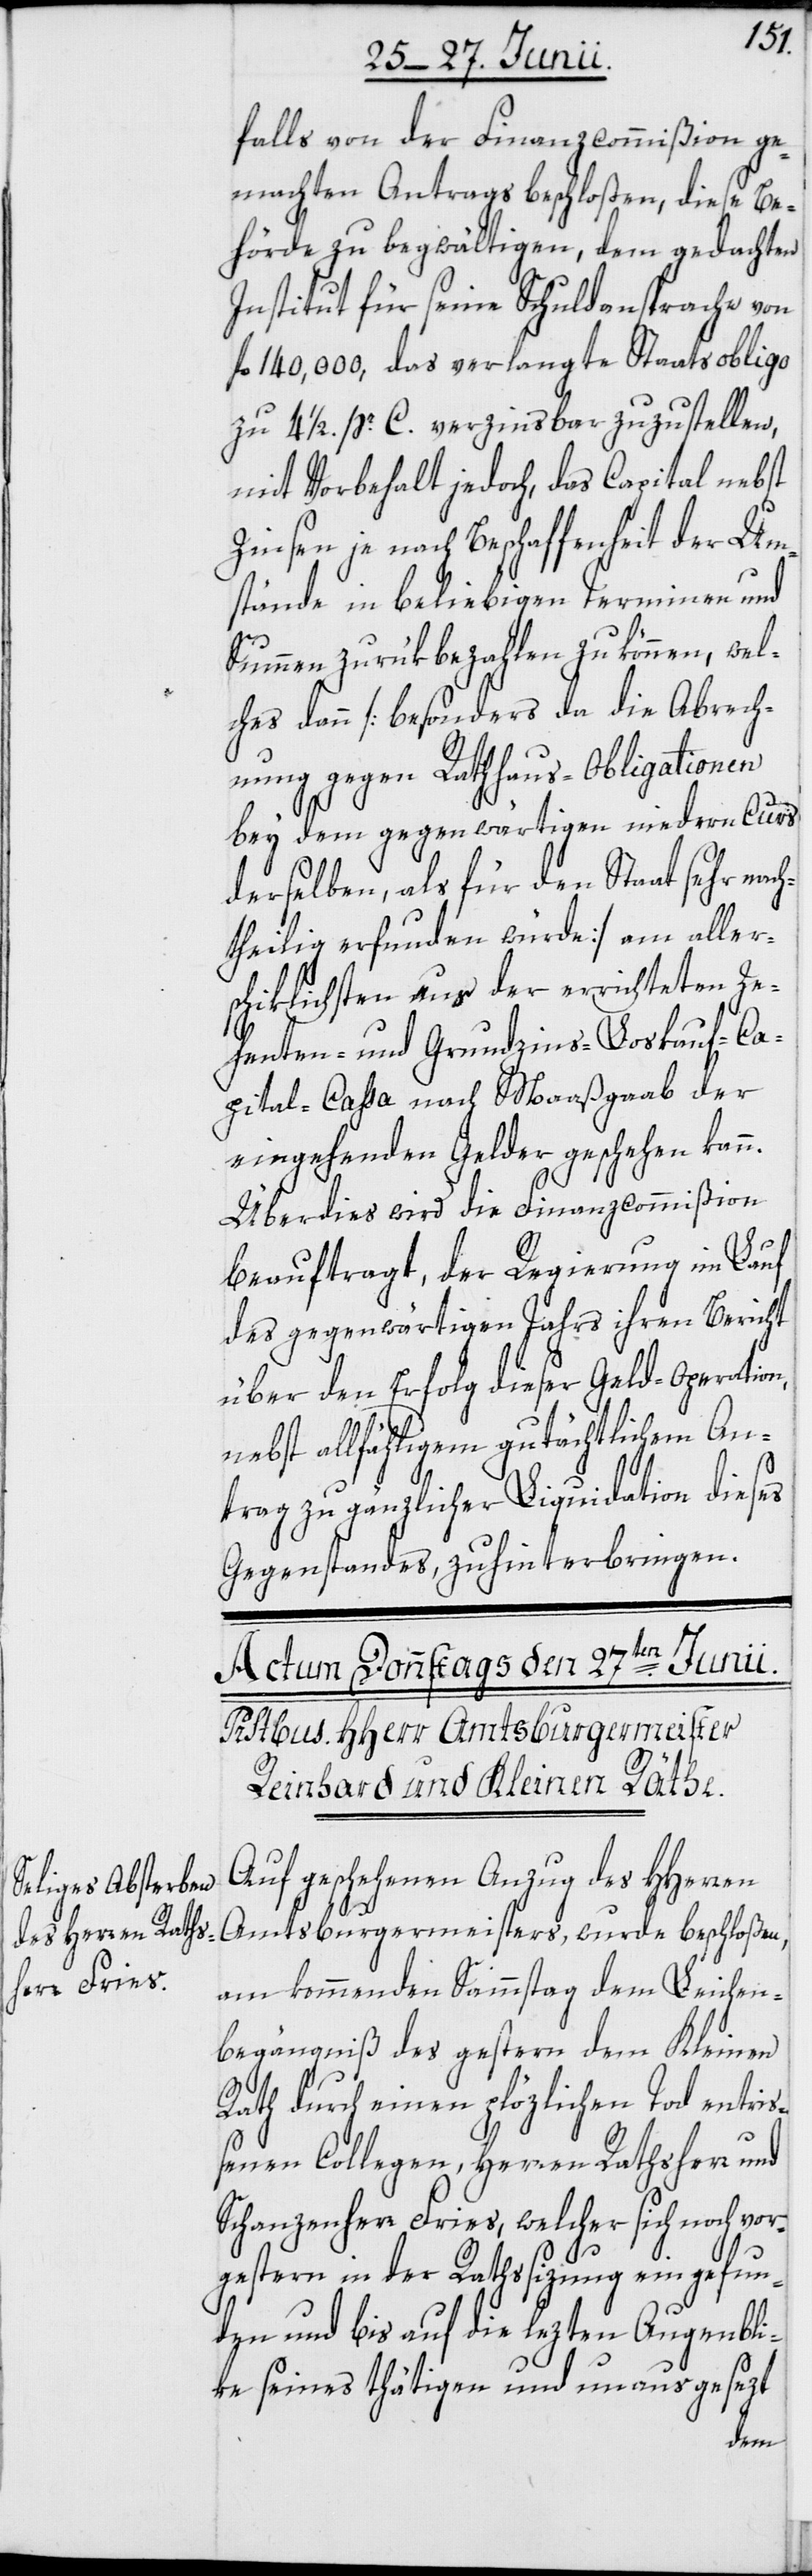
falls von der Finanzcommißion ge¬
machten Antrags beschloßen, diese Be¬
hörde zu begwältigen, dem gedachten
Insitut für seine Schuldansprache von
fl. 140,000, das verlangte Staatsobligo
zu 4 1/2. pr. C. verzinsbar zuzustellen,
mit Vorbehalt jedoch, das Capital nebst
Zinsen je nach Beschaffenheit der Um¬
stände in beliebigen Terminen und
Summen zurükbezahlen zu können, wel¬
ches dann [besonders da die Abrech¬
nung gegen Rathhaus-Obligationen
bey dem gegenwärtigen niedern Curs
derselben, als für den Staat sehr nac¬
htheilig erfunden würde] am aller¬
schiklichsten aus der errichteten Ze¬
henten- und Grundzins-Loskauf-Ca¬
pital-Cassa nach Maaßgaab der
eingehenden Gelder geschehen kann.
Überdies wird die Finanzcommißion
beauftragt, der Regierung im Lauf
des gegenwärtigen Jahrs ihren Bericht
über den Erfolg dieser Geld-Operation,
nebst allfähligem gutächtlichem An¬
trag zu gänzlicher Liquidation dieses
Gegenstandes, zu hinterbringen.
Auf geschehenen Anzug des HHerren
Amtsburgermeisters, wurde beschloßen,
am kommenden Sammstag dem Leichen¬
begängniß des gestern dem Kleinen
Rath durch einen plözlichen Tod entriß¬
enen Collegen, Herren Rathsherr
Schanzenherr Fries, welcher sich noch vor¬
gestern in der Rathssizung eingefun¬
den und bis auf die lezten Augenbli¬
ke seines thätigen und unausgesezt
dem